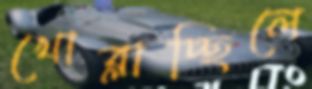
খোব্‌লাচ্ছিলে